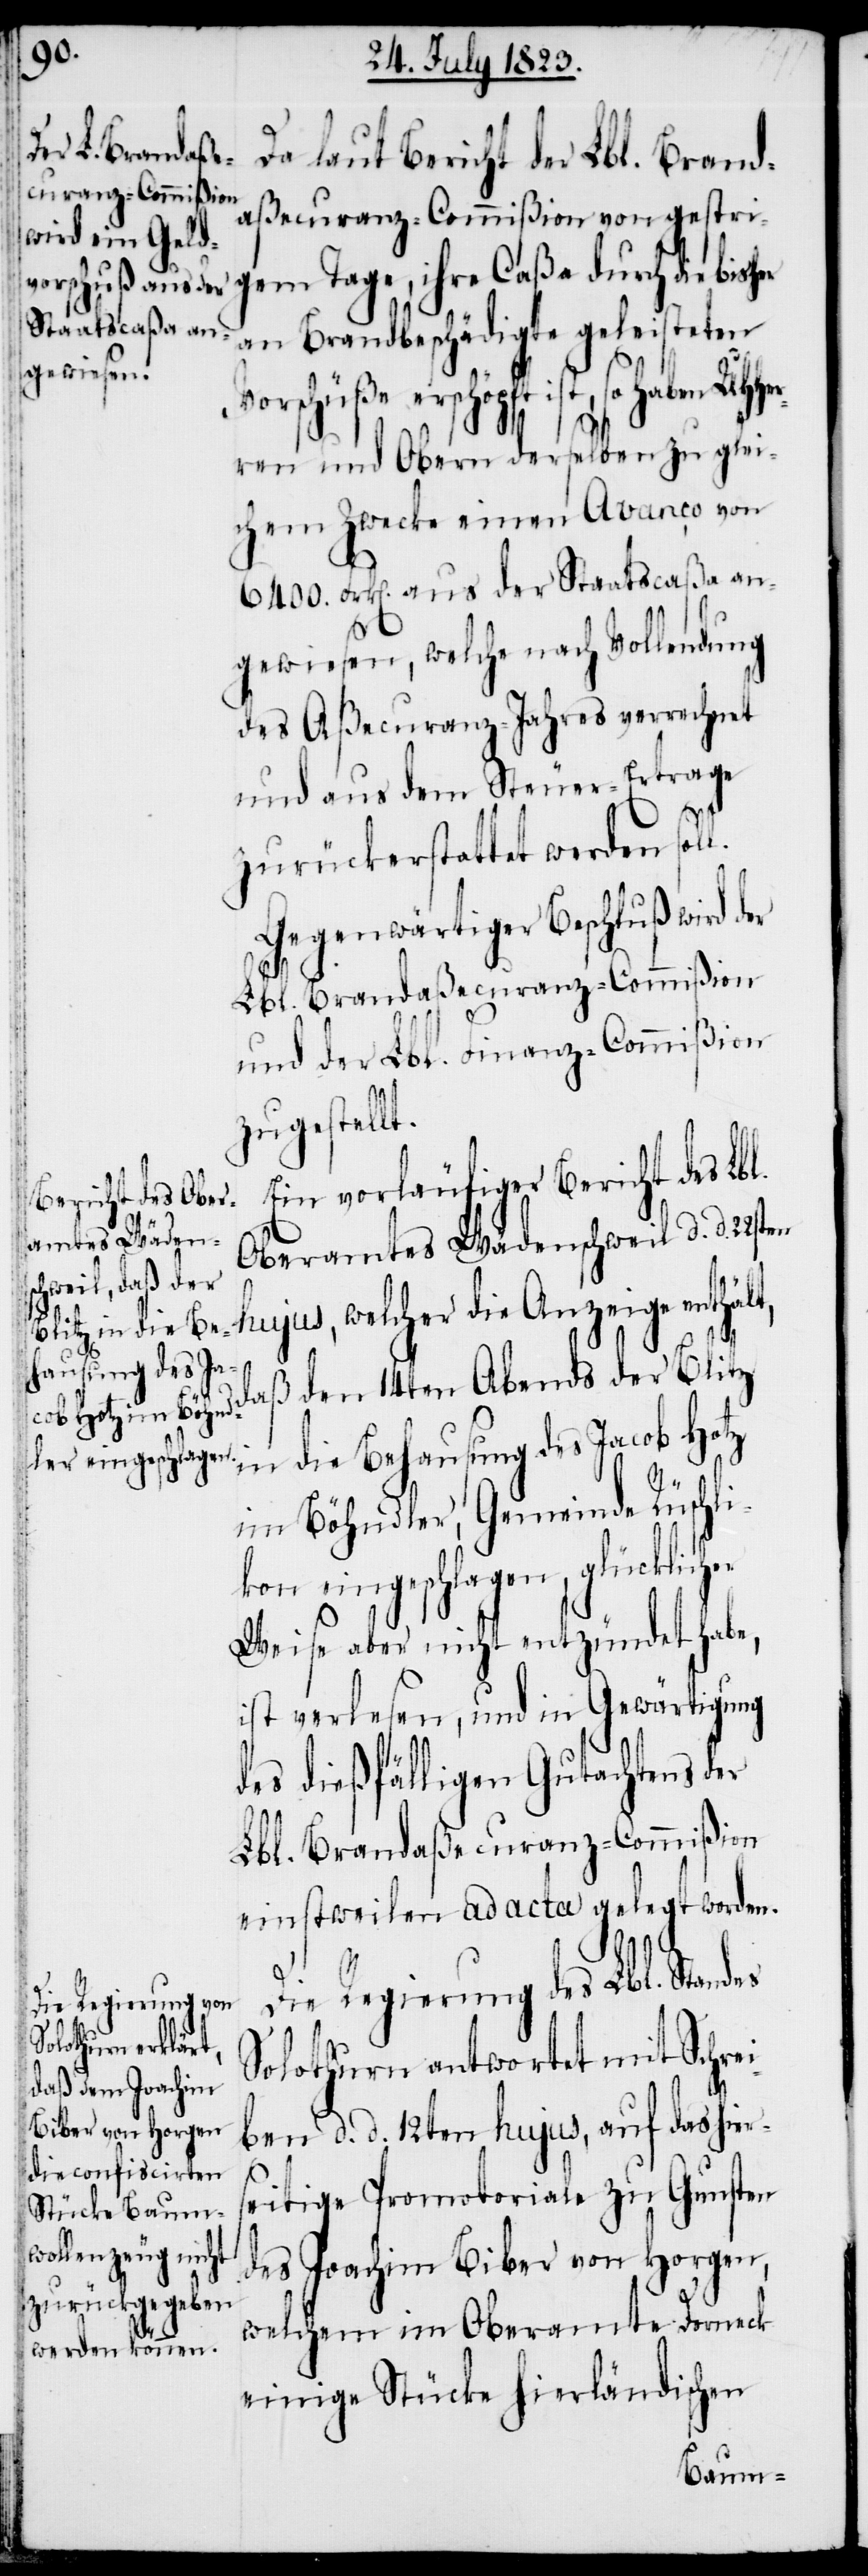
cob
Da laut Bericht der Lbl. Brand¬
aßecuranz-Commißion von gestri¬
gem Tage, ihre Caßa durch die bish¬
an Brandbeschädigte geleisteten
Vorschüße erschöpft ist, so haben UHHe¬
rren und Obern derselben zu glei¬
chem Zwecke einen Avanço von
6400. Frk[en]. aus der Staatscaßa an¬
gewiesen, welche nach Vollendung
des Aßecuranz-Jahres verrechnet
und aus dem Steuer-Ertrage
zurückerstattet werden sol¬
Gegenwärtiger Beschluß wird der
Lbl. Brandaßecuranz-Commißion
und der Lbl. Finanz-Commißion
zugestellt.
Ein vorläufiger Bericht des Lbl.
Oberamtes Wädenschweil d. d. 22sten
ndes
hujus, welcher die Anzeige enthält,
in die Be¬
hausung des Ja¬
daß den 14ten Abends der Blitz
im Bähndler, Gemeinde Rüschli¬
kon eingeschlagen, glücklicher
Weise aber nicht entzündet habe,
ist verlesen, und in Gewärtigung
des dießfälligen Gutachtens der
Lbl. Brandaßecuranz-Commißion
einstweilen ad acta gelegt worden.
Die Regierung des Lbl. Sta¬
Solothurn antwortet mit Schrei¬
ben d. d. 12ten hujus, auf das hier¬
er
seitige Promotoriale zu Gunsten
des Joachim Biber von Horgen,
welchem im Oberamte Dorneck
einige Stücke hierländischen